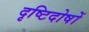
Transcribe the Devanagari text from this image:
दृष्टिदोषों